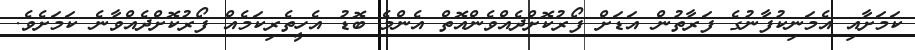
ކަމަށާއި އެމަނިކުފާނުގެ ފަރާތުން އަޑަށް ފޯރުކޮށްދެއްވެންއޮތް އެންމެ ބޮޑު އެހީތެރިކަމެއް ފޯރުކޮށްދެއްވާނެ ކަމަށެވެ.